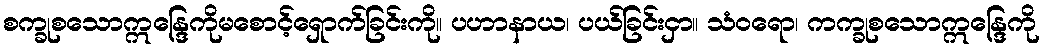
စက္ခုစသောဣန္ဒြေကိုမစောင့်ရှောက်ခြင်းကို။ ပဟာနာယ၊ ပယ်ခြင်းငှာ။ သံဝရော၊ ကက္ခုစသောဣန္ဒြေကို